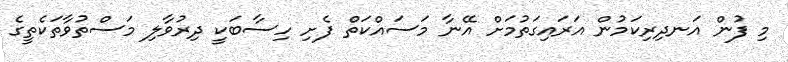
މި ފުން އަނދިރިކަމުން އަރައިގަތުމަށް އޭނާ މަސައްކަތް ފެށި ހިސާބަކީ ދިރުވާލި މަސްތުވާތަކެތީގެ